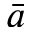
\bar { a }